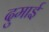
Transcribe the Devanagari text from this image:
दुमाई